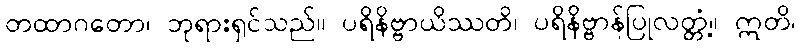
တထာဂတော၊ ဘုရားရှင်သည်။ ပရိနိဗ္ဗာယိဿတိ၊ ပရိနိဗ္ဗာန်ပြုလတ္တံ့။ ဣတိ၊